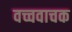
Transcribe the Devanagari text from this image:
वच्चवाचक